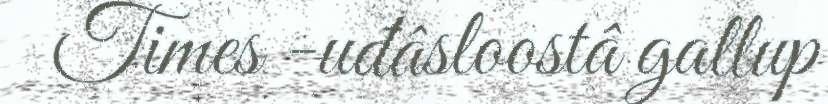
Times -uđâsloostâ gallup